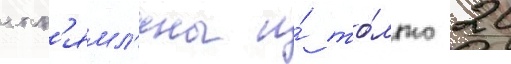
спр'ямл'ены и́ то́лько 20